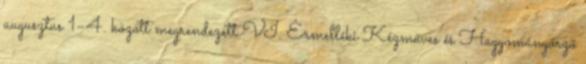
augusztus 1–4. között megrendezett VI. Érmelléki Kézműves és Hagyományőrző